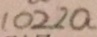
1 0 2 2 a